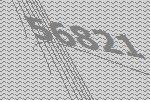
56821